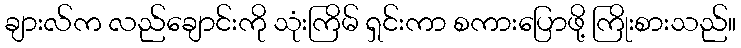
ချားလ်က လည်ချောင်းကို သုံးကြိမ် ရှင်းကာ စကားပြောဖို့ ကြိုးစားသည်။